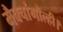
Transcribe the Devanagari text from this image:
मैक्चांगोल्ही।